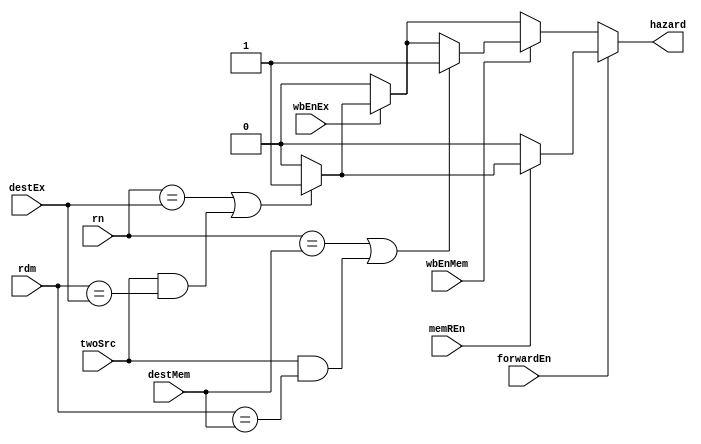
module HazardUnit(
    input [3:0] rn, rdm,
    input twoSrc,
    input [3:0] destEx, destMem,
    input wbEnEx, wbEnMem, memREn,
    input forwardEn,
    output reg hazard
);
    always @(rn, rdm, destEx, destMem, wbEnEx, wbEnMem, memREn, twoSrc, forwardEn) begin
        hazard = 1'b0;
        if (forwardEn) begin
            if (memREn) begin
                if (rn == destEx || (twoSrc && rdm == destEx)) begin
                    hazard = 1'b1;
                end
            end
        end
        else begin
            if (wbEnEx) begin
                if (rn == destEx || (twoSrc && rdm == destEx)) begin
                    hazard = 1'b1;
                end
            end
            if (wbEnMem) begin
                if (rn == destMem || (twoSrc && rdm == destMem)) begin
                    hazard = 1'b1;
                end
            end
        end
    end
endmodule